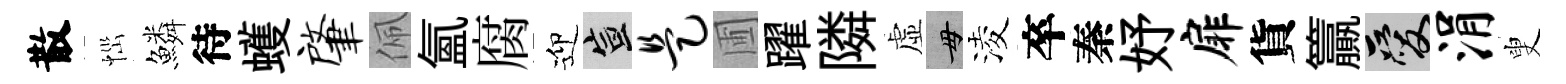
散𢙉鱗待蠖肇佩氲腐迎宣是圃躍隣虚毋淩卒秦妤扉貨籯爱涓叟